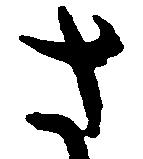
さ